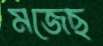
মজেছ